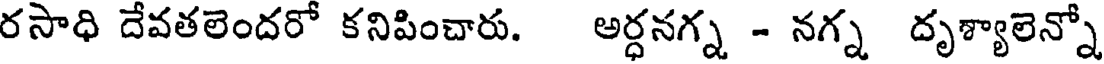
రసాధి దేవతలెందరో కనిపించారు. అర్ధనగ్న - నగ్న దృశ్యాలెన్నో